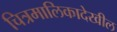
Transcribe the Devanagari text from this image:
चित्रमालिकादेखील